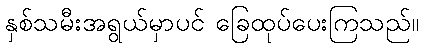
နှစ်သမီးအရွယ်မှာပင် ခြေထုပ်ပေးကြသည်။